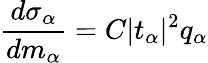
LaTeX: \frac{d\sigma_{\alpha}}{dm_{\alpha}}=C|t_{\alpha}|^{2}q_{\alpha}